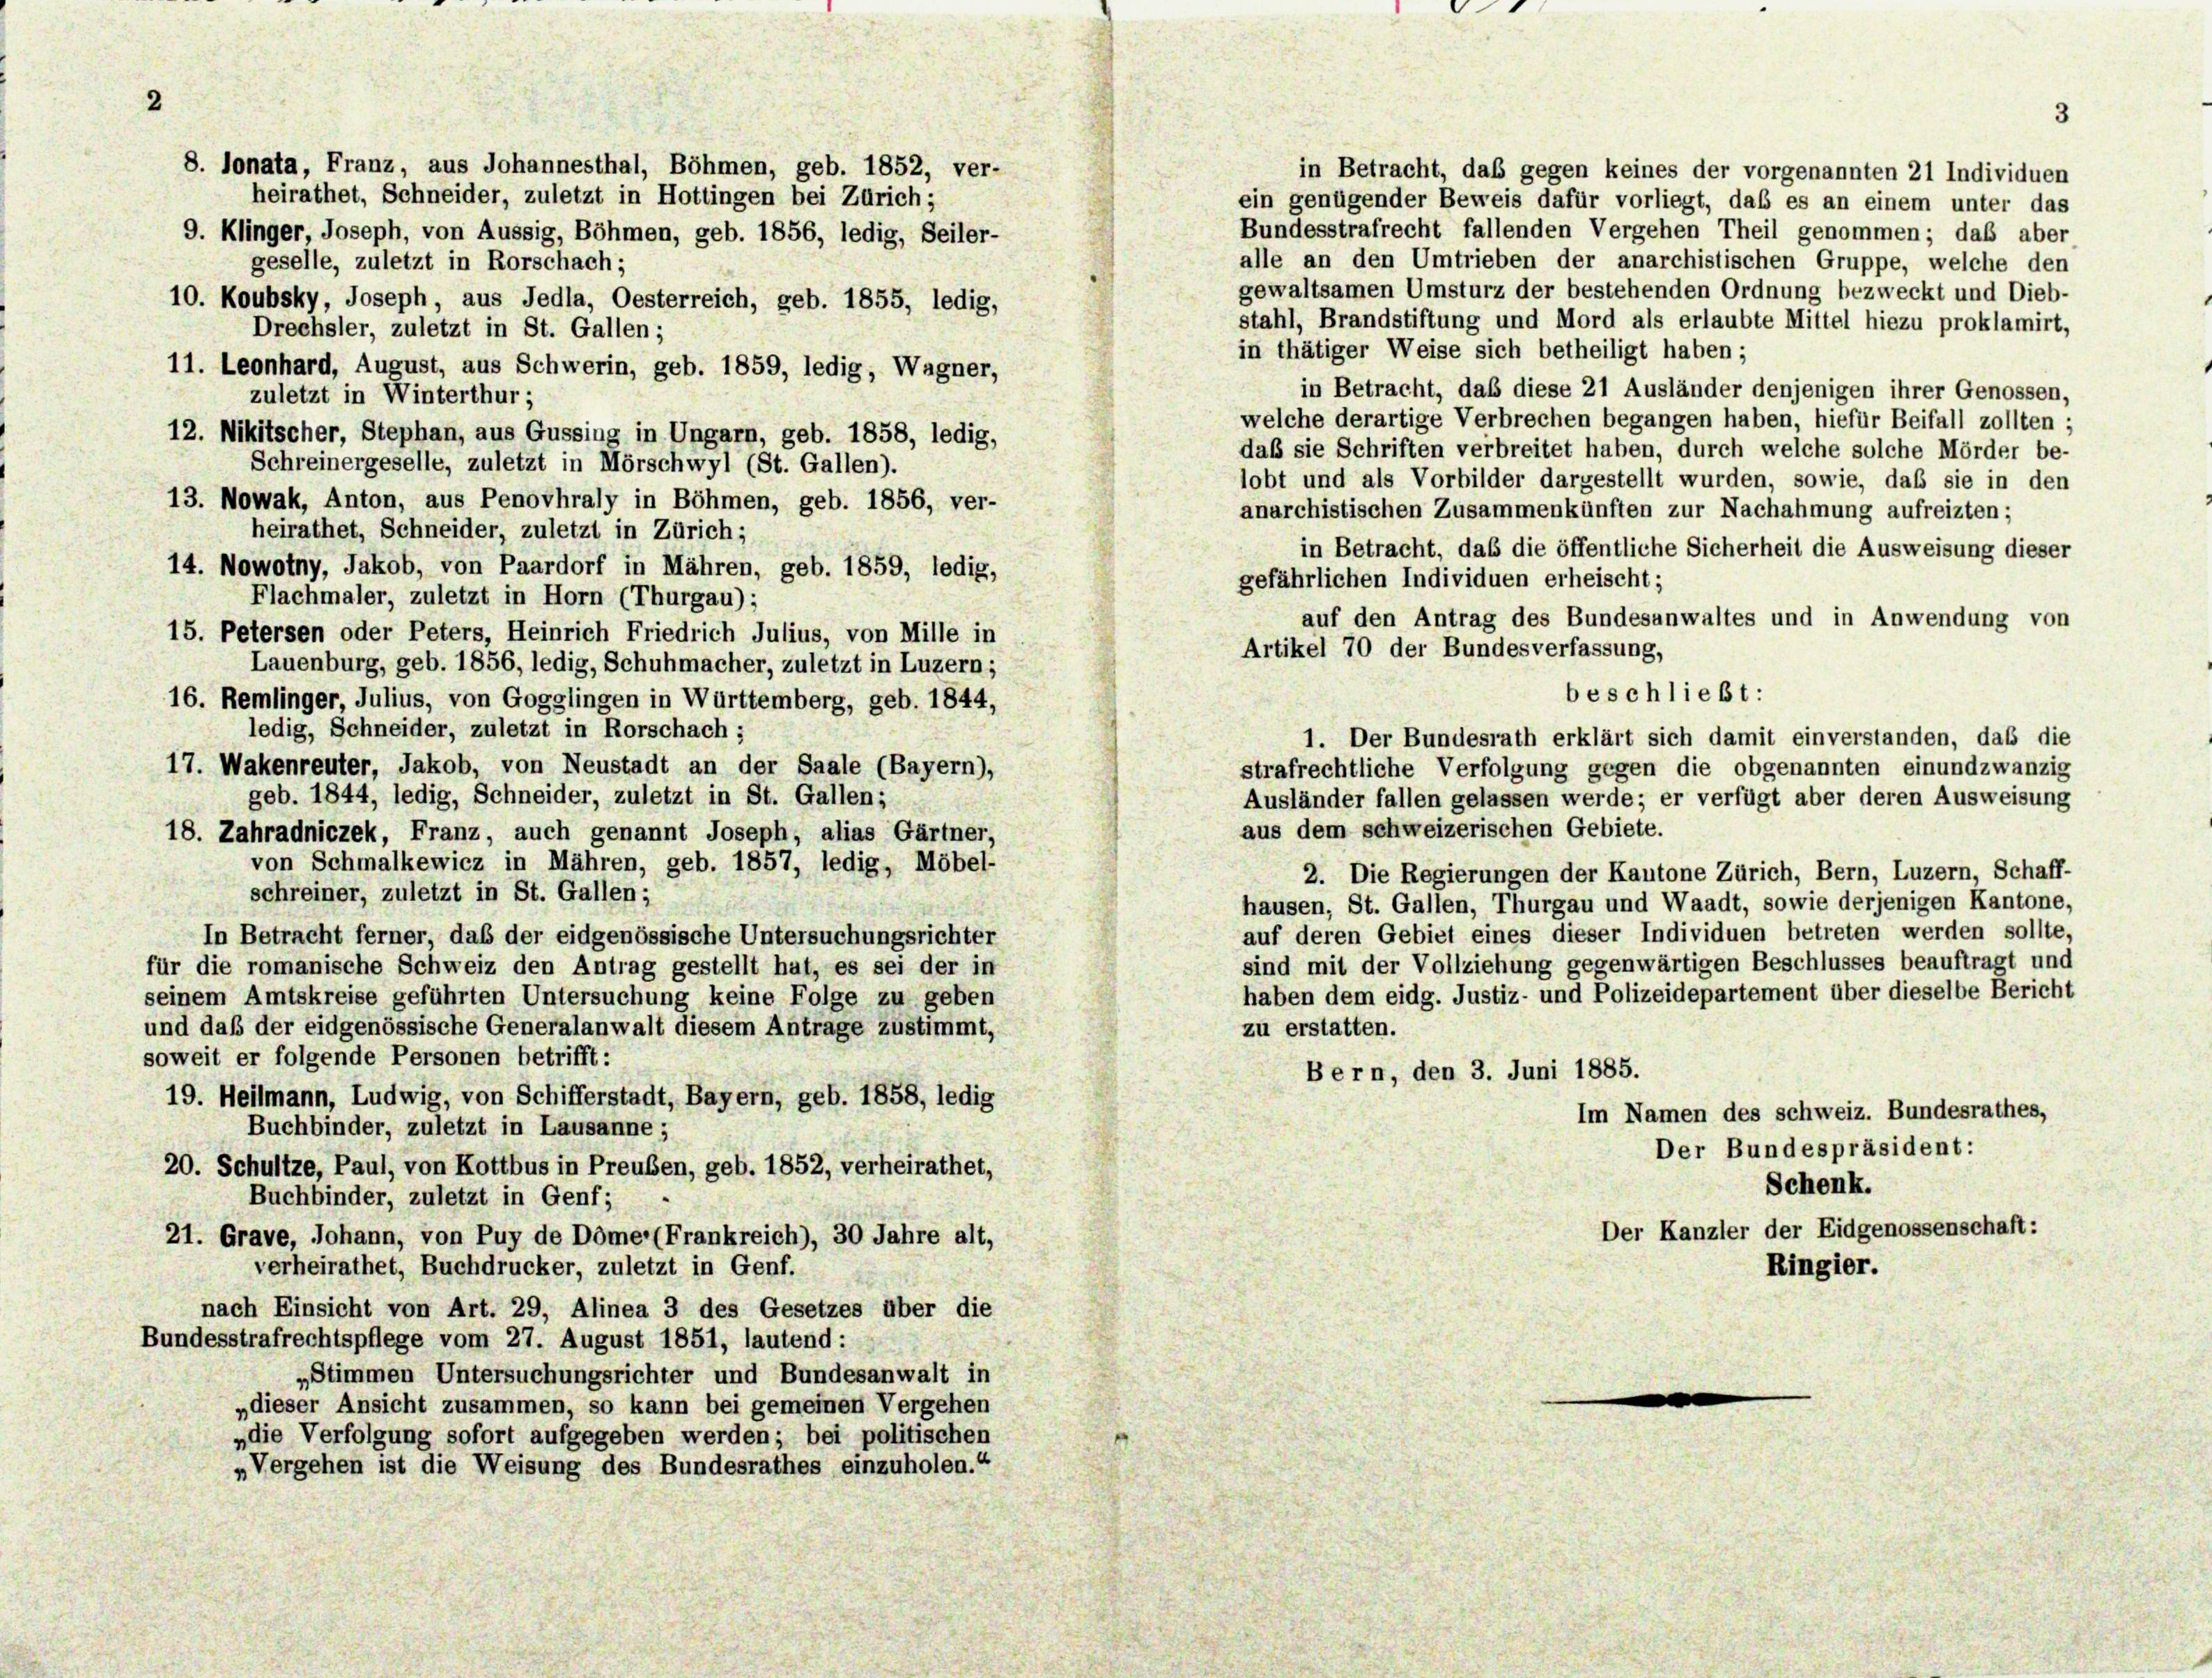
2

8. lonata, Franz, aus Johannesthal, Böhmen, geb. 1852, ver-
in Betracht, daß gegen keines der vorgenannten 21 Individuen
heirathet, Schneider, zuletzt in Hottingen bei Zürich;
ein genügender Beweis dafür vorliegt, daß es an einem unter das
Bundesstrafrecht fallenden Vergehen Theil genommen; daß aber
9. Klinger, Joseph, von Äussig, Böhmen, geb. 1856, ledig, Seiler-
alle an den Umtrieben der anarchistischen Gruppe, welche den
geselle, zuletzt in Rorschach;
gewaltsamen Umsturz der bestehenden Ordnung bezweckt und Dieb-
10. Koubsky, Joseph, aus Jedla, Oesterreich, geb. 1855, ledig,
stahl, Brandstiftung und Mord als erlaubte Mittel hiezu proklamirt,
Drechsler, zuletzt in St. Gallen;
in thätiger Weise sich betheiligt haben;
11. Leonhard, August, aus Schwerin, geb. 1859, ledig, Wagner,
in Betracht, daß diese 21 Ausländer denjenigen ihrer Genossen,
zuletzt in Winterthur;
welche derartige Verbrechen begangen haben, hiefür Beifall zollten ;
12. Nikitscher, Stephan, aus Gussing in Ungarn, geb. 1858, ledig,
daß sie Schriften verbreitet haben, durch welche solche Mörder be-
Schreinergeselle, zuletzt in Mörschwyl (St. Gallen).
lobt und als Vorbilder dargestellt wurden, sowie, daß sie in den
13. Nowak, Anton, aus Penovhraly in Böhmen, geb. 1856, ver-
anarchistischen Zusammenkünften zur Nachahmung aufreizten ;
heirathet, Schneider, zuletzt in Zürich;
in Betracht, daß die öffentliche Sicherheit die Ausweisung dieser
14. Nowotny, Jakob, von Paardorf in Mähren, geb. 1859, ledig,
gefährlichen Individuen erheischt;
Flachmaler, zuletzt in Horn (Thurgau) ;
auf den Antrag des Bundesanwaltes und in Anwendung von
15. Petersen oder Peters, Heinrich Friedrich Julius, von Mille in
Artikel 70 der Bundesverfassung,
Lauenburg, geb. 1856, ledig, Schuhmacher, zuletzt in Luzern;
beschließt:
16. Remlinger, Julius, von Gogglingen in Württemberg, geb. 1844,
ledig, Schneider, zuletzt in Rorschach;
1. Der Bundesrath erklärt sich damit einverstanden, daß die
17. Wakenreuter, Jakob, von Neustadt an der Saale (Bayern),
strafrechtliche Verfolgung gegen die obgenannten einundzwanzig
geb. 1844, ledig, Schneider, zuletzt in St. Gallen;
Ausländer fallen gelassen werde; er verfügt aber deren Ausweisung
aus dem schweizerischen Gebiete.
18. Zahradniczek, Franz, auch genannt Joseph, alias Gärtner,
von Schmalkewicz in Mähren, geb. 1857, ledig, Möbel-
2. Die Regierungen der Kantone Zürich, Bern, Luzern, Schaff-
schreiner, zuletzt in St. Gallen;
hausen, St. Gallen, Thurgau und Waadt, sowie derjenigen Kantone,
auf deren Gebiet eines dieser Individuen betreten werden sollte,
In Betracht ferner, das der eidgenössische Untersuchungsrichter
sind mit der Vollziehung gegenwärtigen Beschlusses beauftragt und
für die romanische Schweiz den Antrag gestellt hat, es sei der in
haben dem eidg. Justiz- und Polizeidepartement über dieselbe Bericht
seinem Amtskreise geführten Untersuchung keine Folge zu geben
und daß der eidgenössische Generalanwalt diesem Antrage zustimmt,
zu erstatten.
soweit er folgende Personen betrifft:
Bern, den 3. Juni 1885.
19. Heilmann, Ludwig, von Schifferstadt, Bayern, geb. 1858, ledig
Im Namen des schweiz. Bundesrathes,
Buchbinder, zuletzt in Lausanne;
Der Bundespräsident:
20. Schultze, Paul, von Kottbus in Preuben, geb. 1852, verheirathet,
Schenk.
Buchbinder, zuletzt in Genf;
Der Kanzler der Eidgenossenschaft:
21. Grave, Johann, von Puy de Dome (Frankreich), 30 Jahre alt,
verheirathet, Buchdrucker, zuletzt in Genf.
Ringier.
nach Einsicht von Art. 29, Alinea 3 des Gesetzes über die
Bundesstrafrechtspflege vom 27. August 1851, lautend:
„Stimmen Untersuchungsrichter und Bundesanwalt in
„dieser Ansicht zusammen, so kann bei gemeinen Vergehen
„die Verfolgung sofort aufgegeben werden; bei politischen
„Vergehen ist die Weisung des Bundesrathes einzuholen.“

.